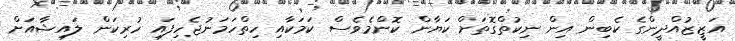
އަޒީޒުއްދީންގެ ކެބިން އިން ނިކުތްގޮތަށް ކަޔާން ކޮންމެވެސް ކަމަކާއި ހިތްހަމަނުޖެހިފައި ހުރިކަން ލައިޝާއަށް